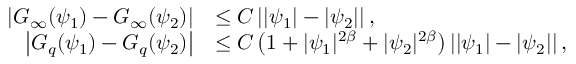
\begin{array} { r l } { \left| G _ { \infty } ( \psi _ { 1 } ) - G _ { \infty } ( \psi _ { 2 } ) \right| } & { \leq C \left| | \psi _ { 1 } | - | \psi _ { 2 } | \right| , } \\ { \left| G _ { q } ( \psi _ { 1 } ) - G _ { q } ( \psi _ { 2 } ) \right| } & { \leq C \left( 1 + | \psi _ { 1 } | ^ { 2 \beta } + | \psi _ { 2 } | ^ { 2 \beta } \right) \left| | \psi _ { 1 } | - | \psi _ { 2 } | \right| , } \end{array}